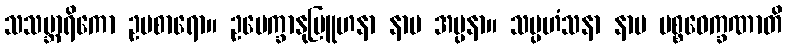
သသမ္ဘာရိကော ဥပစာရော။ ဥပေက္ခာနုဗြူဟနာ နာမ အပ္ပနာ။ သမ္ပဟံသနာ နာမ ပစ္စဝေက္ခဏာတိ